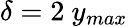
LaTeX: \delta=2~y_{max}